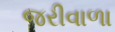
જરીવાળા